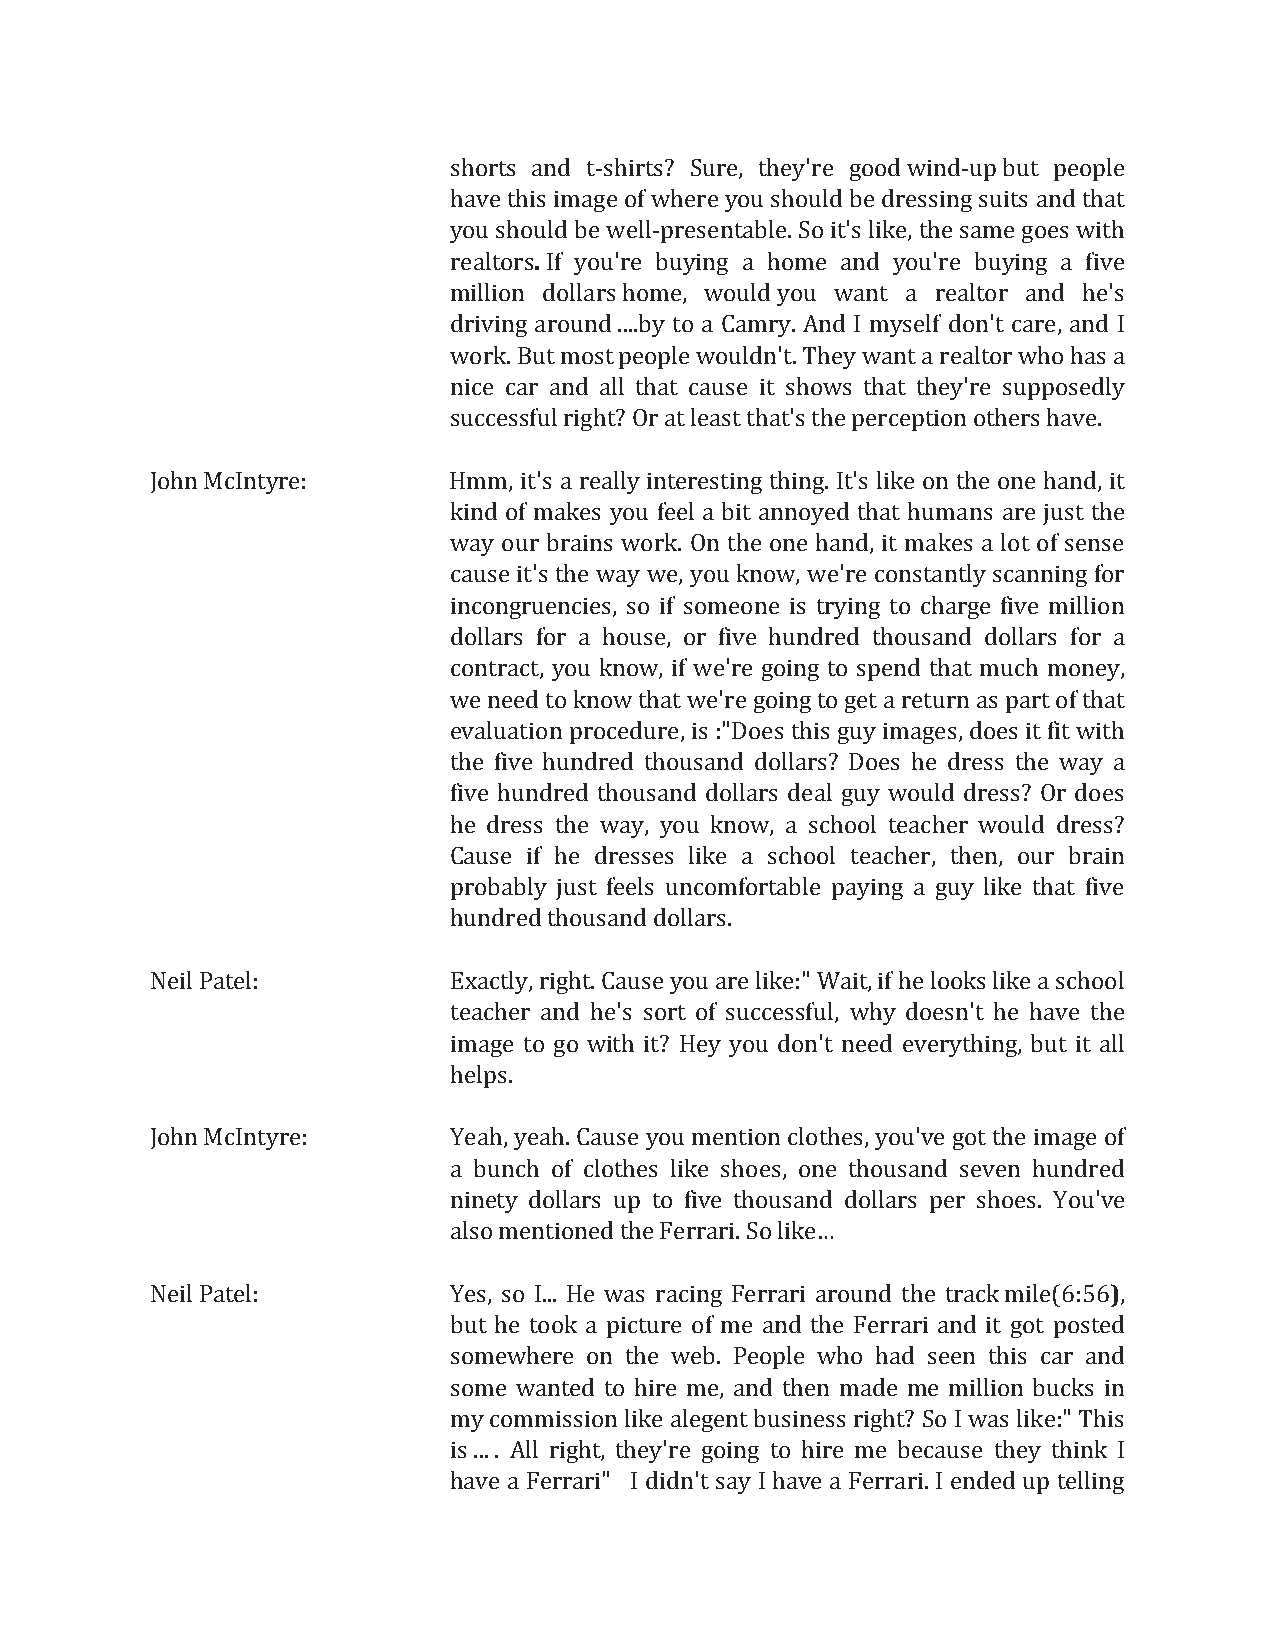
shorts and t-shirts? Sure, they're good wind-up but people
 have this image of where you should be dressing suits and that
 you should be well-presentable. So it's like, the same goes with
 realtors. If you're buying a home and you're buying a five
 million dollars home, would you want a realtor and he's
 driving around ....by to a Camry. And I myself don't care, and I
 work. But most people wouldn't. They want a realtor who has a
 nice car and all that cause it shows that they're supposedly
 successful right? Or at least that's the perception others have.
 John McIntyre:      Hmm, it's a really interesting thing. It's like on the one hand, it
 kind of makes you feel a bit annoyed that humans are just the
 way our brains work. On the one hand, it makes a lot of sense
 cause it's the way we, you know, we're constantly scanning for
 incongruencies, so if someone is trying to charge five million
 dollars for a house, or five hundred thousand dollars for a
 contract, you know, if we're going to spend that much money,
 we need to know that we're going to get a return as part of that
 evaluation procedure, is :"Does this guy images, does it fit with
 the five hundred thousand dollars? Does he dress the way a
 five hundred thousand dollars deal guy would dress? Or does
 he dress the way, you know, a school teacher would dress?
 Cause if he dresses like a school teacher, then, our brain
 probably just feels uncomfortable paying a guy like that five
 hundred thousand dollars.
 Neil Patel:         Exactly, right. Cause you are like:" Wait, if he looks like a school
 teacher and he's sort of successful, why doesn't he have the
 image to go with it? Hey you don't need everything, but it all
 helps.
 John McIntyre:      Yeah, yeah. Cause you mention clothes, you've got the image of
 a bunch of clothes like shoes, one thousand seven hundred
 ninety dollars up to five thousand dollars per shoes. You've
 also mentioned the Ferrari. So like
 …
 Neil Patel:         Yes, so I... He was racing Ferrari around the track mile(6:56),
 but he took a picture of me and the Ferrari and it got posted
 somewhere on the web. People who had seen this car and
 some wanted to hire me, and then made me million bucks in
 my commission like alegent business right? So I was like:" This
 is ... . All right, they're going to hire me because they think I
 have a Ferrari" I didn't say I have a Ferrari. I ended up telling